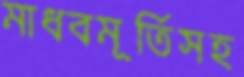
মাধবমূর্তিসহ